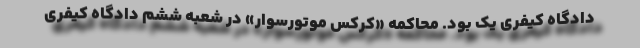
دادگاه کیفری یک بود. محاکمه «کرکس موتورسوار» در شعبه ششم دادگاه کیفری